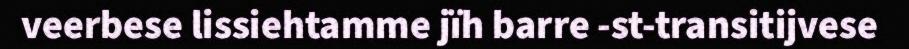
veerbese lissiehtamme jïh barre -st-transitijvese